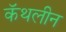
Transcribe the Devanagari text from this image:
कॅथलीन